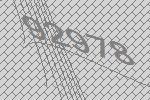
92978